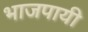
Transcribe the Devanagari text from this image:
भाजपायी